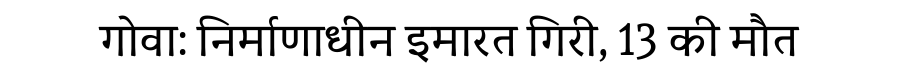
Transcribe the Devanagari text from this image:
गोवा: निर्माणाधीन इमारत गिरी, 13 की मौत